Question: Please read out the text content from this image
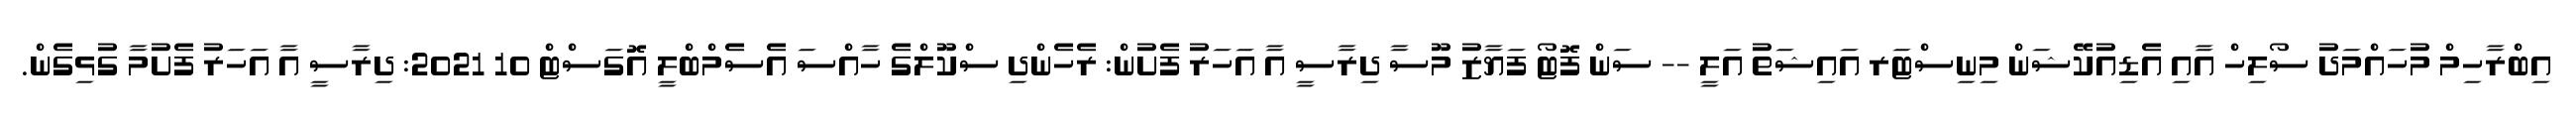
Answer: އިބްރާހިމް މުހައްމަދު ސޯލިހް އާއި އެޑިއުކޭޝަން މިނިސްޓަރ އައިޝަތު އަލީ -- ސަން ފޮޓޯ ފަޔާޒު މޫސާ ދިރާސީ އާ އަހަރު ފެށުން: ރެހެންދި ސްކޫލްގެ ހާއްސަ އެސެމްބްލީ އޮގަސްޓް 10 2021: ދިރާސީ އާ އަހަރު ފެށުމާ ގުޅިގެން.